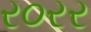
ર૦રર